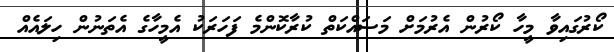
ކޯރުގައިވާ މީހާ ކޯރުން އެރުމަށް މަސައްކަތް ކުރާކޮންމެ ފަހަރަކު އެމީހާގެ އެތަނުން ހިލައެއް